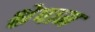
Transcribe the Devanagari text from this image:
श्लेषाम